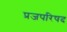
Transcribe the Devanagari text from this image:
प्रजपरिषद